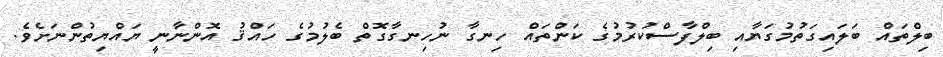
ބިލްތައް ބަލައިގަތުމުގަޔާއި ބިލްފާސްކުރުމުގެ ކަންތައް ހިނގާ ނުހިނގާގޮތް ބެލުމުގެ ހައްޤު އޮންނާނީ ޔައްޔިތުންނަށެވެ.